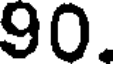
90.